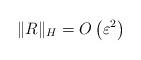
LaTeX: \begin{align*}\|R\|_{H}=O\left(\varepsilon^{2}\right)\end{align*}